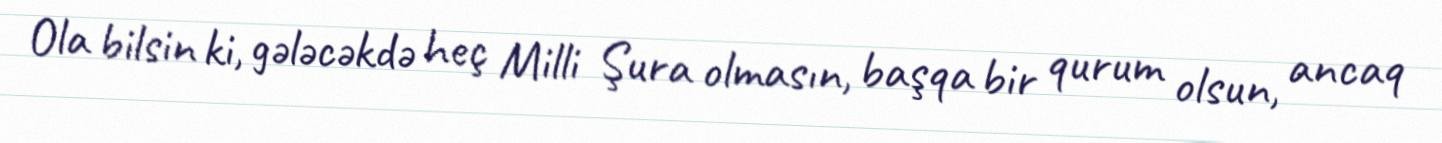
Ola bilsin ki, gələcəkdə heç Milli Şura olmasın, başqa bir qurum olsun, ancaq